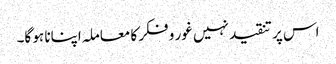
اس پر تنقید نہیں غور و فکر کا معاملہ اپنانا ہو گا۔